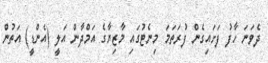
ދެވަނަ ހާފު ފަށައިގެން ފުރަތަމަ މިނެޓުގައި މާޒިޔާގެ އަމްދާން އަލީ (އެންޑީ) އަތުން